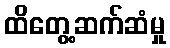
ထိတွေ့ဆက်ဆံမှု